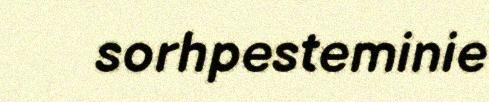
sorhpesteminie